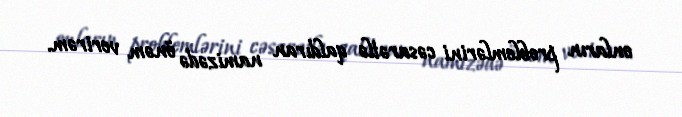
onların problemlərini cəsarətlə qaldıran namizədə önəm verirəm.